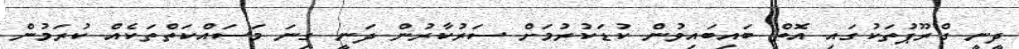
ދީނީ ގްރޫޕުތަކުގައި އޮތް ބައިބައިވުން ކުޑަކުރުމަށް ސަރުކާރުން ދަނީ ގިނަ މަސައްކަތްތަކެއް ކުރަމުން